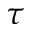
\tau